Report on sanitation, dispensaries, and jails in Rajputana for 1910, and on vaccination for the year 1910-1911 - 1910-1911
Year: 1910
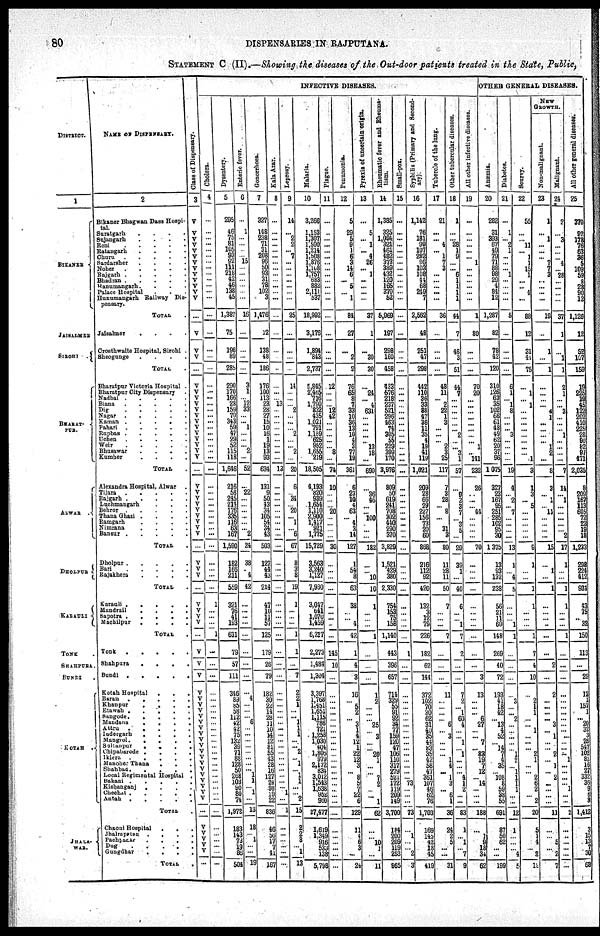
80
DISPENSARIES IN RAJPUTANA.
STATEMENT C (II).—Showing the diseases of the Out-door pat tents treated in the State, Public,
DISTRICT.
1
BIKANER
JAISALMER
SIROHI .
BHARAT¬
PUR.
ALWAR .
DHOLPUR
KARAULI
TONK .
SHAHPURA.
BUNDI .
KOTAH .
JHALA¬
WAR.
NAME OF DISPENSARY.
2
Bikaner Bhagwan Dass Hospi¬
tal.
Suratgarh . . . .
Sujangarh . . . .
Reni . . . . .
Ratangarh . . . .
Churu . . . . .
Sardarsher . . . . .
Noher . . . . .
Rajgarh . . . . .
Bhadran . . . . .
Hanumangarh . . . .
Palace Hospital . . .
Hanumangarh Railway Dis¬
pensary.
TOTAL.
Jaisarmer
.
.
.
.
Crosthwaite Hospital, Sirohi .
Sheogunge
.
.
.
.
TOTAL .
Bharatpur Victoria Hospital .
Bharatpur City Dispensary .
Nadbai .
.
.
.
.
Biana . . . .
Dig
.
.
.
.
.
Nagar
.
.
.
.
.
Kaman
.
.
.
.
Pahari
.
.
.
.
Rupbas
.
.
.
.
Uchen
.
.
.
.
.
Weir
.
.
.
.
.
Bhusawar
.
.
.
.
Kumher
.
.
.
.
TOTAL .
Alexandra Hospital, Alwar
.
Tijara . . . . .
Rajgarh . . . . .
Luchmangarh . . .
Behror
.
.
.
.
.
Thana Ghazi .
.
.
.
Ramgarh
.
.
.
.
Nimrana
.
.
.
.
Bansur
.
.
.
.
.
TOTAL .
Dholpur
.
.
.
.
.
Bari . . . . .
Rajakhera
.
.
.
.
TOTAL .
Karauli . . . . .
Mandrail . . . .
Sapotra
.
.
.
.
.
Machilpur
.
.
.
.
TOTAL .
Tonk
.
.
.
.
.
Shahpura
.
.
.
.
Bundi . . . . .
Kotah Hospital . . .
Baran
.
.
.
.
.
khanpur
.
.
.
.
Etawah . . . . .
Sangode.
.
.
.
.
Mandana
.
.
.
.
Attra . . . . .
Indergarh
.
.
.
.
Mangrol.
.
.
.
.
Sultanpur . . . .
Chipabarode .
.
.
.
Iklera . . . .
Manoher Thana
. . .
Shahbad . . . . .
Local Regimental Hospital .
Bakani . . . . .
Kishanganj . . . .
Chechat . . . . .
Antah . . . . .
TOTAL .
Chaoni Hospital . . .
Jhalrapatan . . . .
Pachpanar . . . .
Dug . . . . .
Gangdhar . . . .
TOTAL .
INFECTIVE DISEASES.
Class of Dispensary.
3
V
V
V
V
V V
V
V V
V
V
V
V
...
V
V
V
...
V
V
V
V
V
V
V
V
V
V
V
V
V
...
V
V
V
V
V
V
V
V
V
...
V
V
V
...
V
V
V
V
...
V
V
V
V
V
V
V
V
V
V V
V
V V
V V
V
V
V
V
V
V
...
V
V
V
V
V
...
Cholera.
4
...
...
...
...
...
...
...
...
...
...
...
...
...
...
...
...
...
...
...
...
...
...
...
...
...
...
...
...
...
...
...
...
...
...
...
...
...
...
...
...
...
...
...
...
...
...
1
...
...
...
1
...
...
...
...
...
...
...
...
...
...
...
...
...
...
...
...
...
...
...
...
...
...
...
...
...
...
...
...
...
Dysentary.
5
295
46
75
81
105
93
92
111
218
42
46
138
46
1,387
75
196
89
285
290
170
166
28
159
70
343
59
47
29
52
115
118
1,646
216
68
245
214
176
336
116
63
167
1,690
182
168
211
669
321
76
41
193
631
79
57
111
346
88
85
58
112
42
42
71
132
39 7
88
128
50
268
103
90
80
74
1,972
183
143
73
19
86
504
Enteric fever.
6
...
1
...
...
...
... 15
...
...
...
...
...
...
16
...
...
...
...
3
1
... 12
33
...
... 1
...
...
... 2
...
52
...
22
...
...
...
...
...
... 2
24
38
... 4
42
...
...
...
...
...
...
...
...
...
4
...
...
... 6
...
...
... ...
...
...
...
... 1 1
... 1
...
13
18
... 1
...
...
19
Gonorrhœa.
7
327
148
238
71
31
208
96
50
93
31
78
102
3
1,476
12
138
48
186
176
100
113
23
28
27
16
10
16
1
19
13
93
634
131
9
60
43
34
105
54
34
43
603
127
44
13
214
47
10
11
57
125
179
26
79
182
30
22 14
28 11
10
14
12
81
55
43
28
1
127
24
98
19
22
836
46
56
17
7 41
167
Kala Axar.
8
...
...
...
...
...
...
...
...
...
...
...
...
...
...
...
...
...
...
...
...
... 13
...
...
...
...
...
...
...
...
...
13
...
...
...
...
...
...
...
...
...
...
...
...
...
...
...
...
...
...
...
...
...
...
...
...
...
...
...
... ...
...
...
...
...
...
...
...
...
...
... 1
...
1
...
...
...
...
...
...
Laprosy.
9
14
... 2
2
... 7
...
...
...
...
...
...
...
25
...
...
...
...
14
...
...
... 2
...
...
... 2
...
... 2
...
20
6
... 34
... 20
... 1
... 6
67
8
3
8
19
1
...
...
...
1
1
...
7
2
2
1
...
... 1
1
1
...
... 2
... 1
... 1
1
...
... 2
15
2
2 3
...
1
13
Malaria.
10
3,266
1,153
1,307
1,590
1,214
1,508
1,876
1,108
1,757
683
882
2,111
537
18,992
3,175
1,894
843
2,737
...
2,465 716
1,790
832
435
1,021
791
1,159
625
952
1,655
219
18,505
4,193
820
939
1,654
1,110
2,900
1,417 921
1,775
15,729
3,563
3,240
1,127
7,930
3,017
641
1,070
1,459
6,217
2,273
1,484
1,304
3,397
1,768
1,451
1,651
1,115
786
721
1,258
1,030
401
1,806
979
2,172
834
3,012
1,543
1,638
952
960
87,477
1,619
1,349
916
533
138
5,798
Plague.
11
...
...
...
...
...
...
...
...
...
...
...
...
...
...
...
...
...
...
12
...
...
... 12
42
...
...
...
...
... 8
...
74
10
...
...
... 20
...
...
...
...
30
...
...
...
...
...
...
...
...
...
145
10
...
...
...
...
...
...
...
...
...
...
...
...
...
...
...
...
...
...
...
...
...
...
...
...
...
...
...
Penumonia.
12
5
29
5
9
1
6
3
14
6
... 5
... 1
84
27
...
2
2
76
65
8
7
33
10
36
13
10
4
3
77
19
361
6
23
10
4
63
... 4
3
14
127
1
54
8
63
38
...
... 4
42
1
4
3
16
... 5
2
... 3
1
4
12
1
22
12
3
... 8
5
7
22 6
129
11
4 6
3
...
24
Pyrexia
of uncertain origin.
13
...
5
... 1
... 4
26
... 1
...
...
...
...
37
1
...
30
30
...
24
... 4
631
...
...
...
...
... 13
18
...
690
...
36
46
...
...
100
...
...
...
182
...
... 10
10
1
...
...
...
1
...
...
...
1
2
...
...
...
25
... 2
...
... 20
1
...
... 7
2
...
... 1
62
...
... 10
1
...
11
Rheumatic fever and Rheuma¬
tism.
14
1,385
325
1,094 321
461
482
373
389
432
120
165
370
52
5,969
197
298
160
458
433
576
218
237
521
296
463
74
305
55
229
399
170
3,976
309
50
619
241
708
302
440
290
370
3,829
1,521
429
380
2,330
754
153
75
158
1,140
443
396
657
714
329
55
91
92
34
77
159
120
47
106
110
317
279
521
177
119
209
149
3,700
124
200
209
119
253
965
Small-pox.
15
...
...
...
...
...
...
...
...
...
...
...
...
...
...
...
...
...
...
...
...
...
...
...
...
...
...
...
...
...
...
...
...
...
...
...
...
...
...
...
...
...
...
...
...
...
...
...
...
...
...
...
1
...
...
...
...
...
...
...
...
...
...
...
...
...
...
...
...
...
73
...
... ...
73
...
1 ... ...
2
3
Syphilis (Primary and Second¬
ary).
16
1,142
76
131
99
107
282
26
103
108
44
68
249
7
2,562
48
251
47
298
442
110
36
33
38
47
86
11
35
4
19
41
119
1,021
209
28
66
29
227
156
73
20
60
868
216
112
92
420
132
3
12
79
226
182
62
144
372
102
70
20
62
31
40
36
44
83
35
42
58
47
361
107
46
62
76
1,703
169
145
42
18
45
419
Tubercle of the lung.
17
21
...
... 4
... 1
7
3
...
...
...
...
36
...
...
...
...
48
11
... 2
22
1
3
...
...
... 2
3
25
117
7
3
28
... 8
...
31
3
80
11
28
11
50
7
...
...
...
7
...
...
...
11
...
...
...
... 6
... 3
...
...
... 1
4
... 1
3
... 6
1
35
24
2
5
...
...
31
Other tubercular diseases.
18
1
...
... 28
1
9
...
... 6
1
1
1
1
44
7
48
3
51
44
7
...
...
...
...
...
... 2
...
... 3
1
57
...
9
2
3
7
... 3
5
...
29
39
1
...
40
5
...
... 1
7
2
...
...
7
2
... 1
60 4
...
... 1
... 1
...
...
... 4
1
2
...
...
83
1
... 1
... 7
9
All other infective diseases.
19
...
...
...
...
...
... 1
...
...
...
...
...
...
1
80
...
...
...
70
20
...
...
...
...
...
...
...
... 1
... 141
232
26
...
...
... 44
...
...
...
...
70
...
...
...
...
...
...
...
...
...
...
...
3
13
...
...
... 6
27
...
... 7
... 83
19
7
12
...
14
...
...
...
188
...
1
9
18
34
62
OTHER GENERAL DISEASES.
Anæmia.
20
282
31
393
67
49
79
71
88 98
29
4
84
12
1,287
82
78
42
120
310
126
63
35
102
66
61
48
49
62
20
37
96
1,075
327
23
167
95
251
285
102
95
30
1,375
13
93
132
238
56
21
11
60
148
269
40
72
193
41
18
42
... 13
4
52
... 14 7
4
35
... 108
8
59
28
55
691
87
50
62
...
...
199
Diabetes.
21
...
1
... 2
1
...
...
... 1
...
...
...
...
5
...
...
...
...
6
1
... 1
8
...
...
... 3
...
...
...
...
19
4
... 2
... 7
...
...
...
...
13
1
... 4
5
...
...
...
1
1
...
...
...
...
3
...
... 2
...
...
...
...
... 1
2
... 1
1
1
1
...
...
12
1
...
...
... 4
5
Scurvy.
22
55
...
... 11
... 1
1
15
1
...
... 4
...
88
12
31
44
75
...
1
... 1
...
...
...
...
...
...
...
... 1
3
1
3
... 5
...
...
...
...
...
9
1
...
...
1
1
...
...
...
1
7
4
10
...
2
1
1
...
... 1
...
...
... 2
1
...
... 2
6
2
... 2
20
5
1
4
... 2
12
NEW
GROWTH.
Non-malignant.
23
1
... 1
...
...
... 7
7
2
...
...
...
...
19
...
1
...
1
...
...
...
... 4
1
...
...
...
... 1
2
...
8
3
... 1
... 11
...
...
...
...
15
...
1
...
1
...
...
...
...
...
...
2
...
2
...
...
...
... 3
... 1
...
... 2
... 1
... 2
...
...
...
...
11
...
... 5
... 2
7
Malignant.
24
2
... 3
...
...
... 4
... 28
...
...
...
...
37
1
...
1
1
2
1
...
... 2
...
...
... 1
...
...
...
...
7
14
... 1
...
...
...
...
... 2
17
1
...
...
1
1
...
...
...
1
...
...
...
...
...
...
...
...
...
...
...
...
...
... 1
...
...
...
... 1
...
...
2
...
...
...
...
...
...
All other general diseases.
25
370
97
178
76
63
26
5
109
58
3
28
90
12
1,128
12
52
107
159
19
225
19
45
122
202
410
225
28
90
82
91
471
2,035
8
209
167
113
605
72
22
19
18
1,233
293
224
412
934
43
75
... 32
150
113
...
29
12
1
157
1
... 20
32
3
28
547
102
82
16
27
332
36
9
6
3
1,412
3
15
13
7
30
68